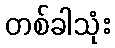
တစ်ခါသုံး